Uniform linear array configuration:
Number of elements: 24
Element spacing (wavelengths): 0.5
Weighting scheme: binomial
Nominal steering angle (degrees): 0
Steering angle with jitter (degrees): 0.7294
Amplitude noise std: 0.05
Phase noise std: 0.05

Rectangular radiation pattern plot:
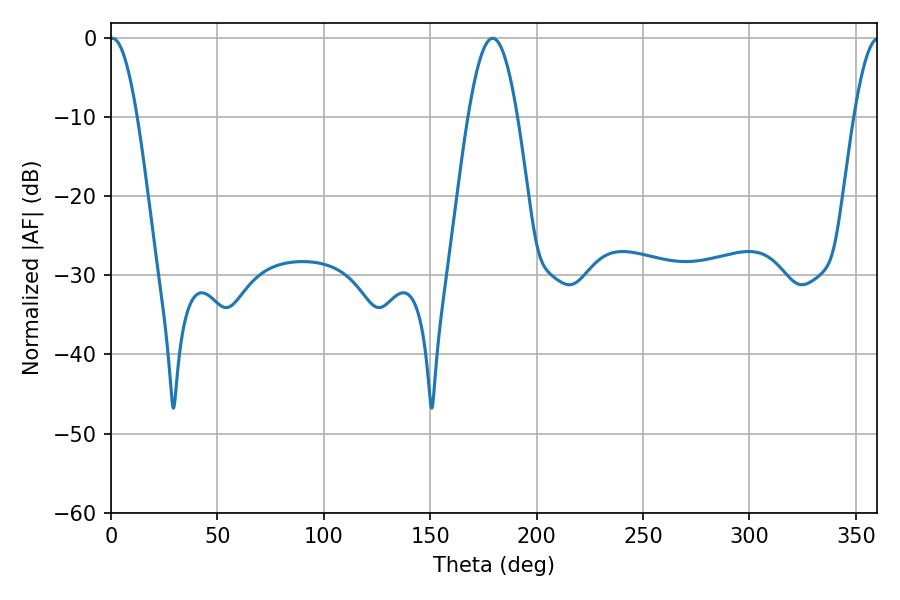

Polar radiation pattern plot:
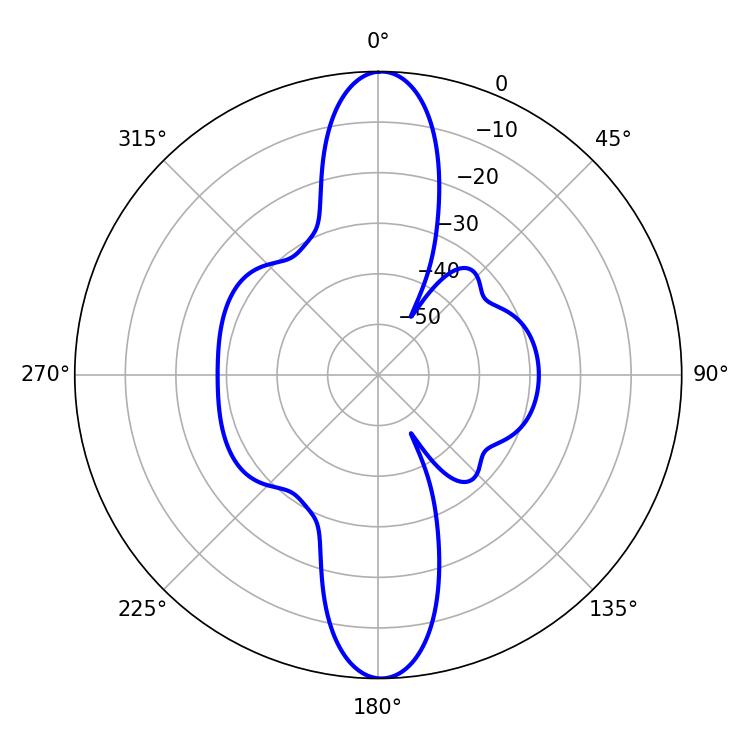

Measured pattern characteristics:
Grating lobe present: FALSE
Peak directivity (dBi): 27.096
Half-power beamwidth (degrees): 6.84
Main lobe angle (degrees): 0.72